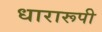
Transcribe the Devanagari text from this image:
धारारूपी